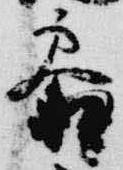
参